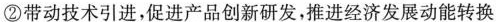
②带动技术引进，促进产品创新研发，推进经济发展动能转换